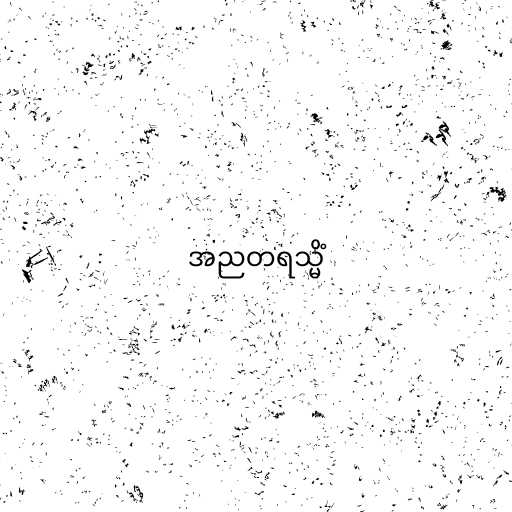
အညတရသ္မိံ